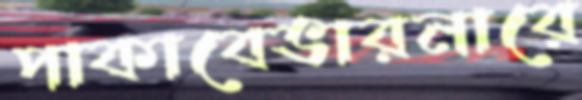
পাকাবেভারনারে